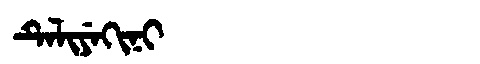
Manchu: ᡨᡝᠯᡳᠶᡝᡴᡳᠨᡳ
Romanization: TELIYEKINI